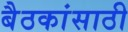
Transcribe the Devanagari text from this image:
बैठकांसाठी